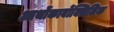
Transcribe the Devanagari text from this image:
आर्थोकार्बोक्सिलिक